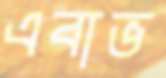
এবাভ